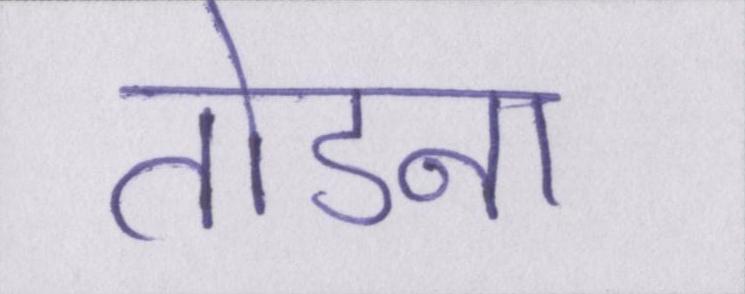
तोडना